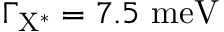
\Gamma _ { \mathrm { { X ^ { * } } } } = 7 . 5 ~ \mathrm { { m e V } }